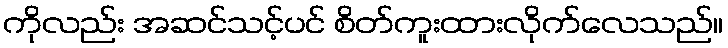
ကိုလည်း အဆင်သင့်ပင် စိတ်ကူးထားလိုက်လေသည်။